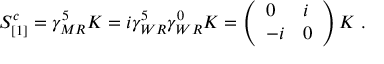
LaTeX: S _ { [ 1 ] } ^ { c } = \gamma _ { M R } ^ { 5 } { \cal K } = i \gamma _ { W R } ^ { 5 } \gamma _ { W R } ^ { 0 } { \cal K } = \left( \begin{array} { l l } { { 0 } } & { { i } } \\ { { - i } } & { { 0 } } \end{array} \right) { \cal K } \, \, .